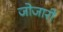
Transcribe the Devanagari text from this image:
जोजारी